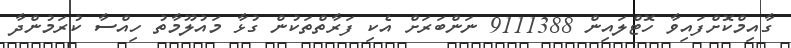
ގާއިމްކޮށްފައިވާ ހޮޓްލައިން 9111388 ނަންބަރަށް އެކި ފަރާތްތަކުން ގުޅާ މަައުލޫމާތު ހިއްސާ ކުރަމުންދާ